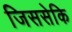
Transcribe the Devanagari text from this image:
जिससेकि